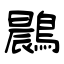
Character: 鷐